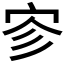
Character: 𪧉